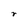
Character: r